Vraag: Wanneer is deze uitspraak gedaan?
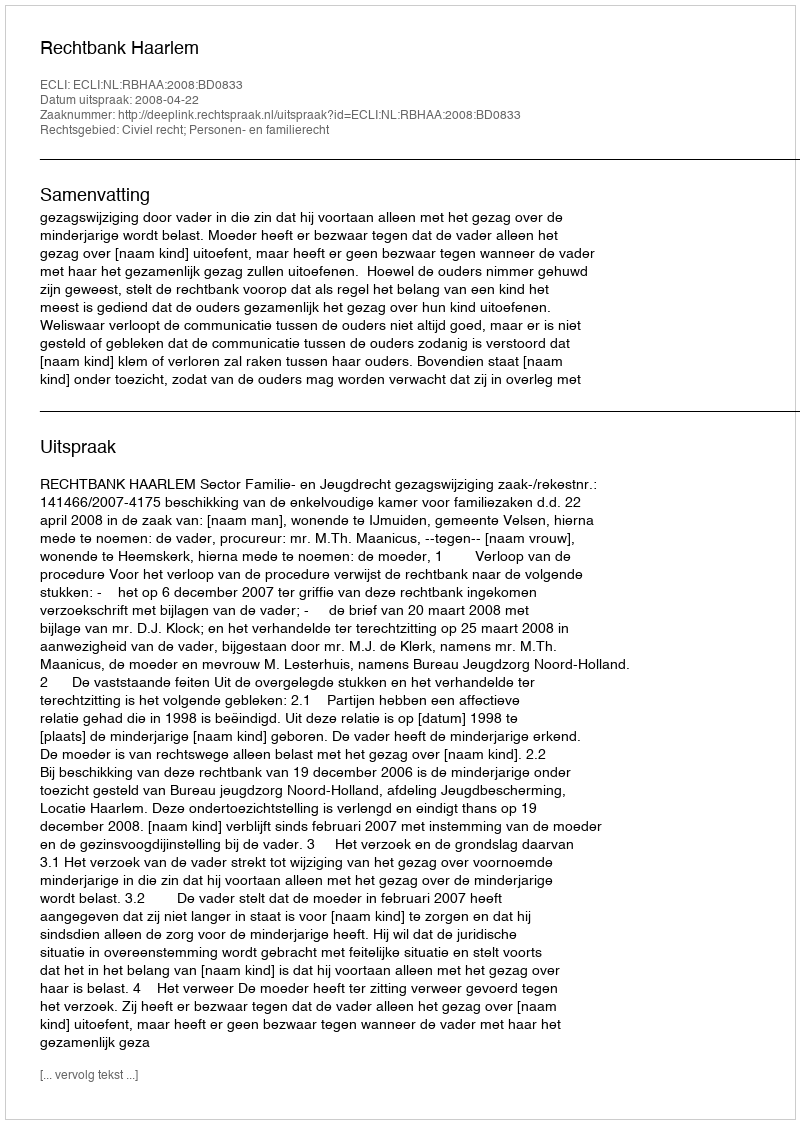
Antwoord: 2008-04-22